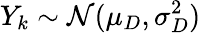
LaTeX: Y_{k}\sim\mathcal N(\mu_{D},\sigma_{D}^{2})